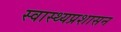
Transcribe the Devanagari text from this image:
स्वास्थ्यप्रशासन